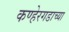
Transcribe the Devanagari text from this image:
कण्हेरगडाच्या